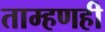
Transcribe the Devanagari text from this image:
ताम्हणही